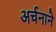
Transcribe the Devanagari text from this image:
अर्चनाने